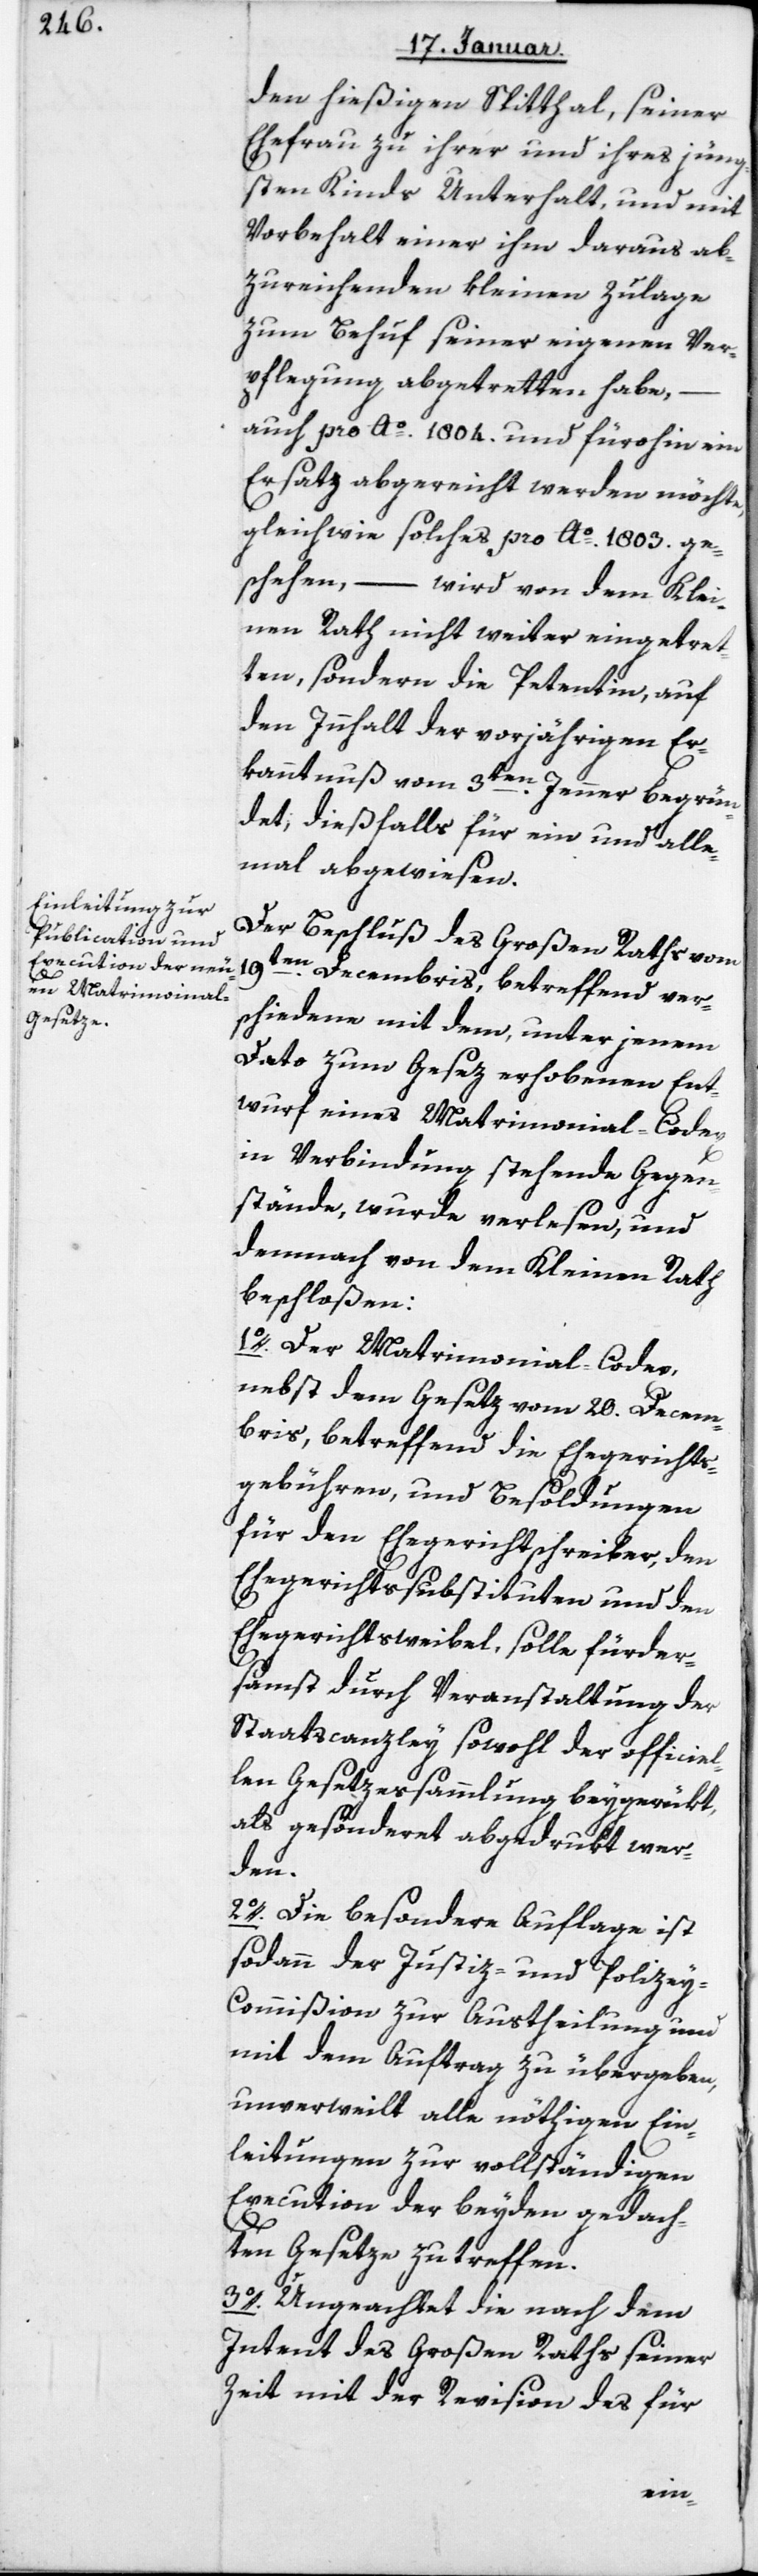
den hießigen Spitthal, seiner
Ehefrau zu ihrer und ihres jüng¬
sten Kinds Unterhalt, und mit
Vorbehalt einer ihm daraus ab¬
zureichenden kleinen Zulage
zum Behuf seiner eigenen Ver¬
pflegung abgetretten habe,
auch pro Ao. 1804 und fürohin ein
Ersatz abgereicht werden möchte,
gleich wie solches pro Ao. 1803 ge¬
schehen, – wird von dem Klei¬
nen Rath nicht weiter eingetret¬
ten, sondern die Petentin, auf
den Innhalt der vorjährigen Er¬
kanntnuß vom 3ten Jenner begrün¬
det; dießfalls für ein und alle¬
mal abgewiesen.
Der Beschluß des Großen Raths vom
19ten Decembris, betreffend ver¬
schiedene mit dem, unter jenem
Dato zum Gesetz erhobenen Ent¬
wurf eines Matrimonial-Codex
in Verbindung stehende Gegen¬
stände, wurde verlesen, und
demnach von dem Kleinen Rath
beschloßen:
1. Der Matrimonial-Codex,
nebst dem Gesetz vom 20 Decem¬
bris, betreffend die Ehergerichts¬
gebühren und Besoldungen
für den Ehegerichtschreiber, den
Ehegerichtssubstituten und den
Eherichtsweibel, solle fürder¬
samst durch Veranstaltung der
Staatscanzley sowohl der officiel¬
len Gesetzessammlung beygerükt,
als gesonderet abgedrukt wer¬
den.
2. Die besondere Auflage ist
sodann der Justiz- und Polize¬
y-Commißion zur Austheilung und
mit dem Auftrag zu übergeben,
unverweilt alle nöthigen Ein¬
leitungen zur vollständigen
Execution der beyden gedach¬
ten Gesetze zu treffen.
3. Ungeachtet die nach dem
Intent des großen Raths seiner
Zeit mit der Revision des für